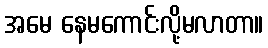
အမေ နေမကောင်းလို့မလာတာ။